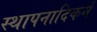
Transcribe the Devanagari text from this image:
स्थापनादिकर्म